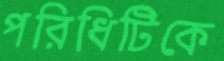
পরিধিটিকে